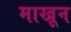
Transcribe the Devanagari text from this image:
माखून